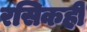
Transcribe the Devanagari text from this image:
रसिकही